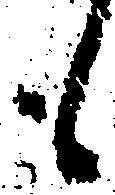
も